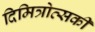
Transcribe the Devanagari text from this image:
दिमित्रोव्सकी